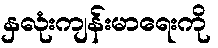
နှလုံးကျန်းမာရေးကို